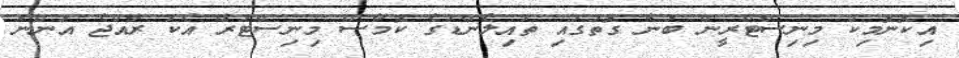
އިކޮނޮމިކް މިނިސްޓްރީން ބުނާ ގޮތުގައި ތައިލެންޑުގެ ކޮމާސް މިނިސްޓަރާ އެކު ރާއްޖެ އަންނަ